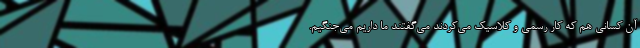
آن کسانی هم که کار رسمی و کلاسیک می‌کردند می‌گفتند ما داریم می‌جنگیم.